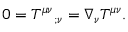
0 = T ^ { \mu \nu } { } _ { ; \nu } = \nabla _ { \nu } T ^ { \mu \nu } { } .